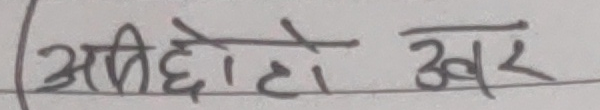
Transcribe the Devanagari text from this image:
अपीछोटो खर